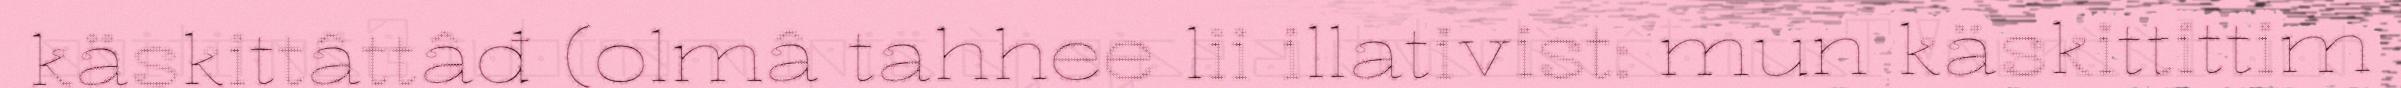
käskittâttâđ (olmâ tahhee lii illativist: mun käskittittim